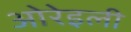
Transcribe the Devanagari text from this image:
ओरेइली